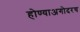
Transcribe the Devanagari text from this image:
होण्याअगोदरच